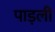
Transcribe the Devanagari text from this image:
पाड़ली